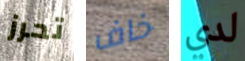
تحرز خاف لدي